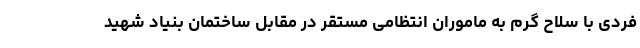
فردی با سلاح گرم به ماموران انتظامی مستقر در مقابل ساختمان بنیاد شهید